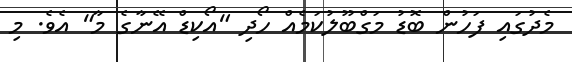
މެދުގައި ފަހުން ބޮޑު މަގްބޫލުކަމެއް ހޯދި "އޯކިޑް އޭނާގެ މާ" އެވެ. މި